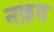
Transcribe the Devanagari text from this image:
नक़व